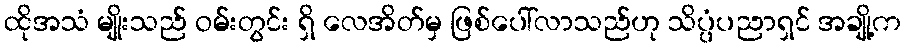
ထိုအသံ မျိုးသည် ဝမ်းတွင်း ရှိ လေအိတ်မှ ဖြစ်ပေါ်လာသည်ဟု သိပ္ပံပညာရှင် အချို့က